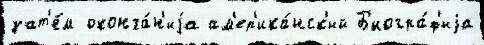
зат'е́м оконча́н'иjа ам'ер'ика́нск'ий Б'иогра́ф'иjа